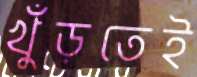
খুঁড়তেই